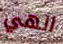
الهي